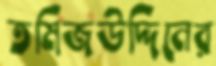
তমিজউদ্দিনের